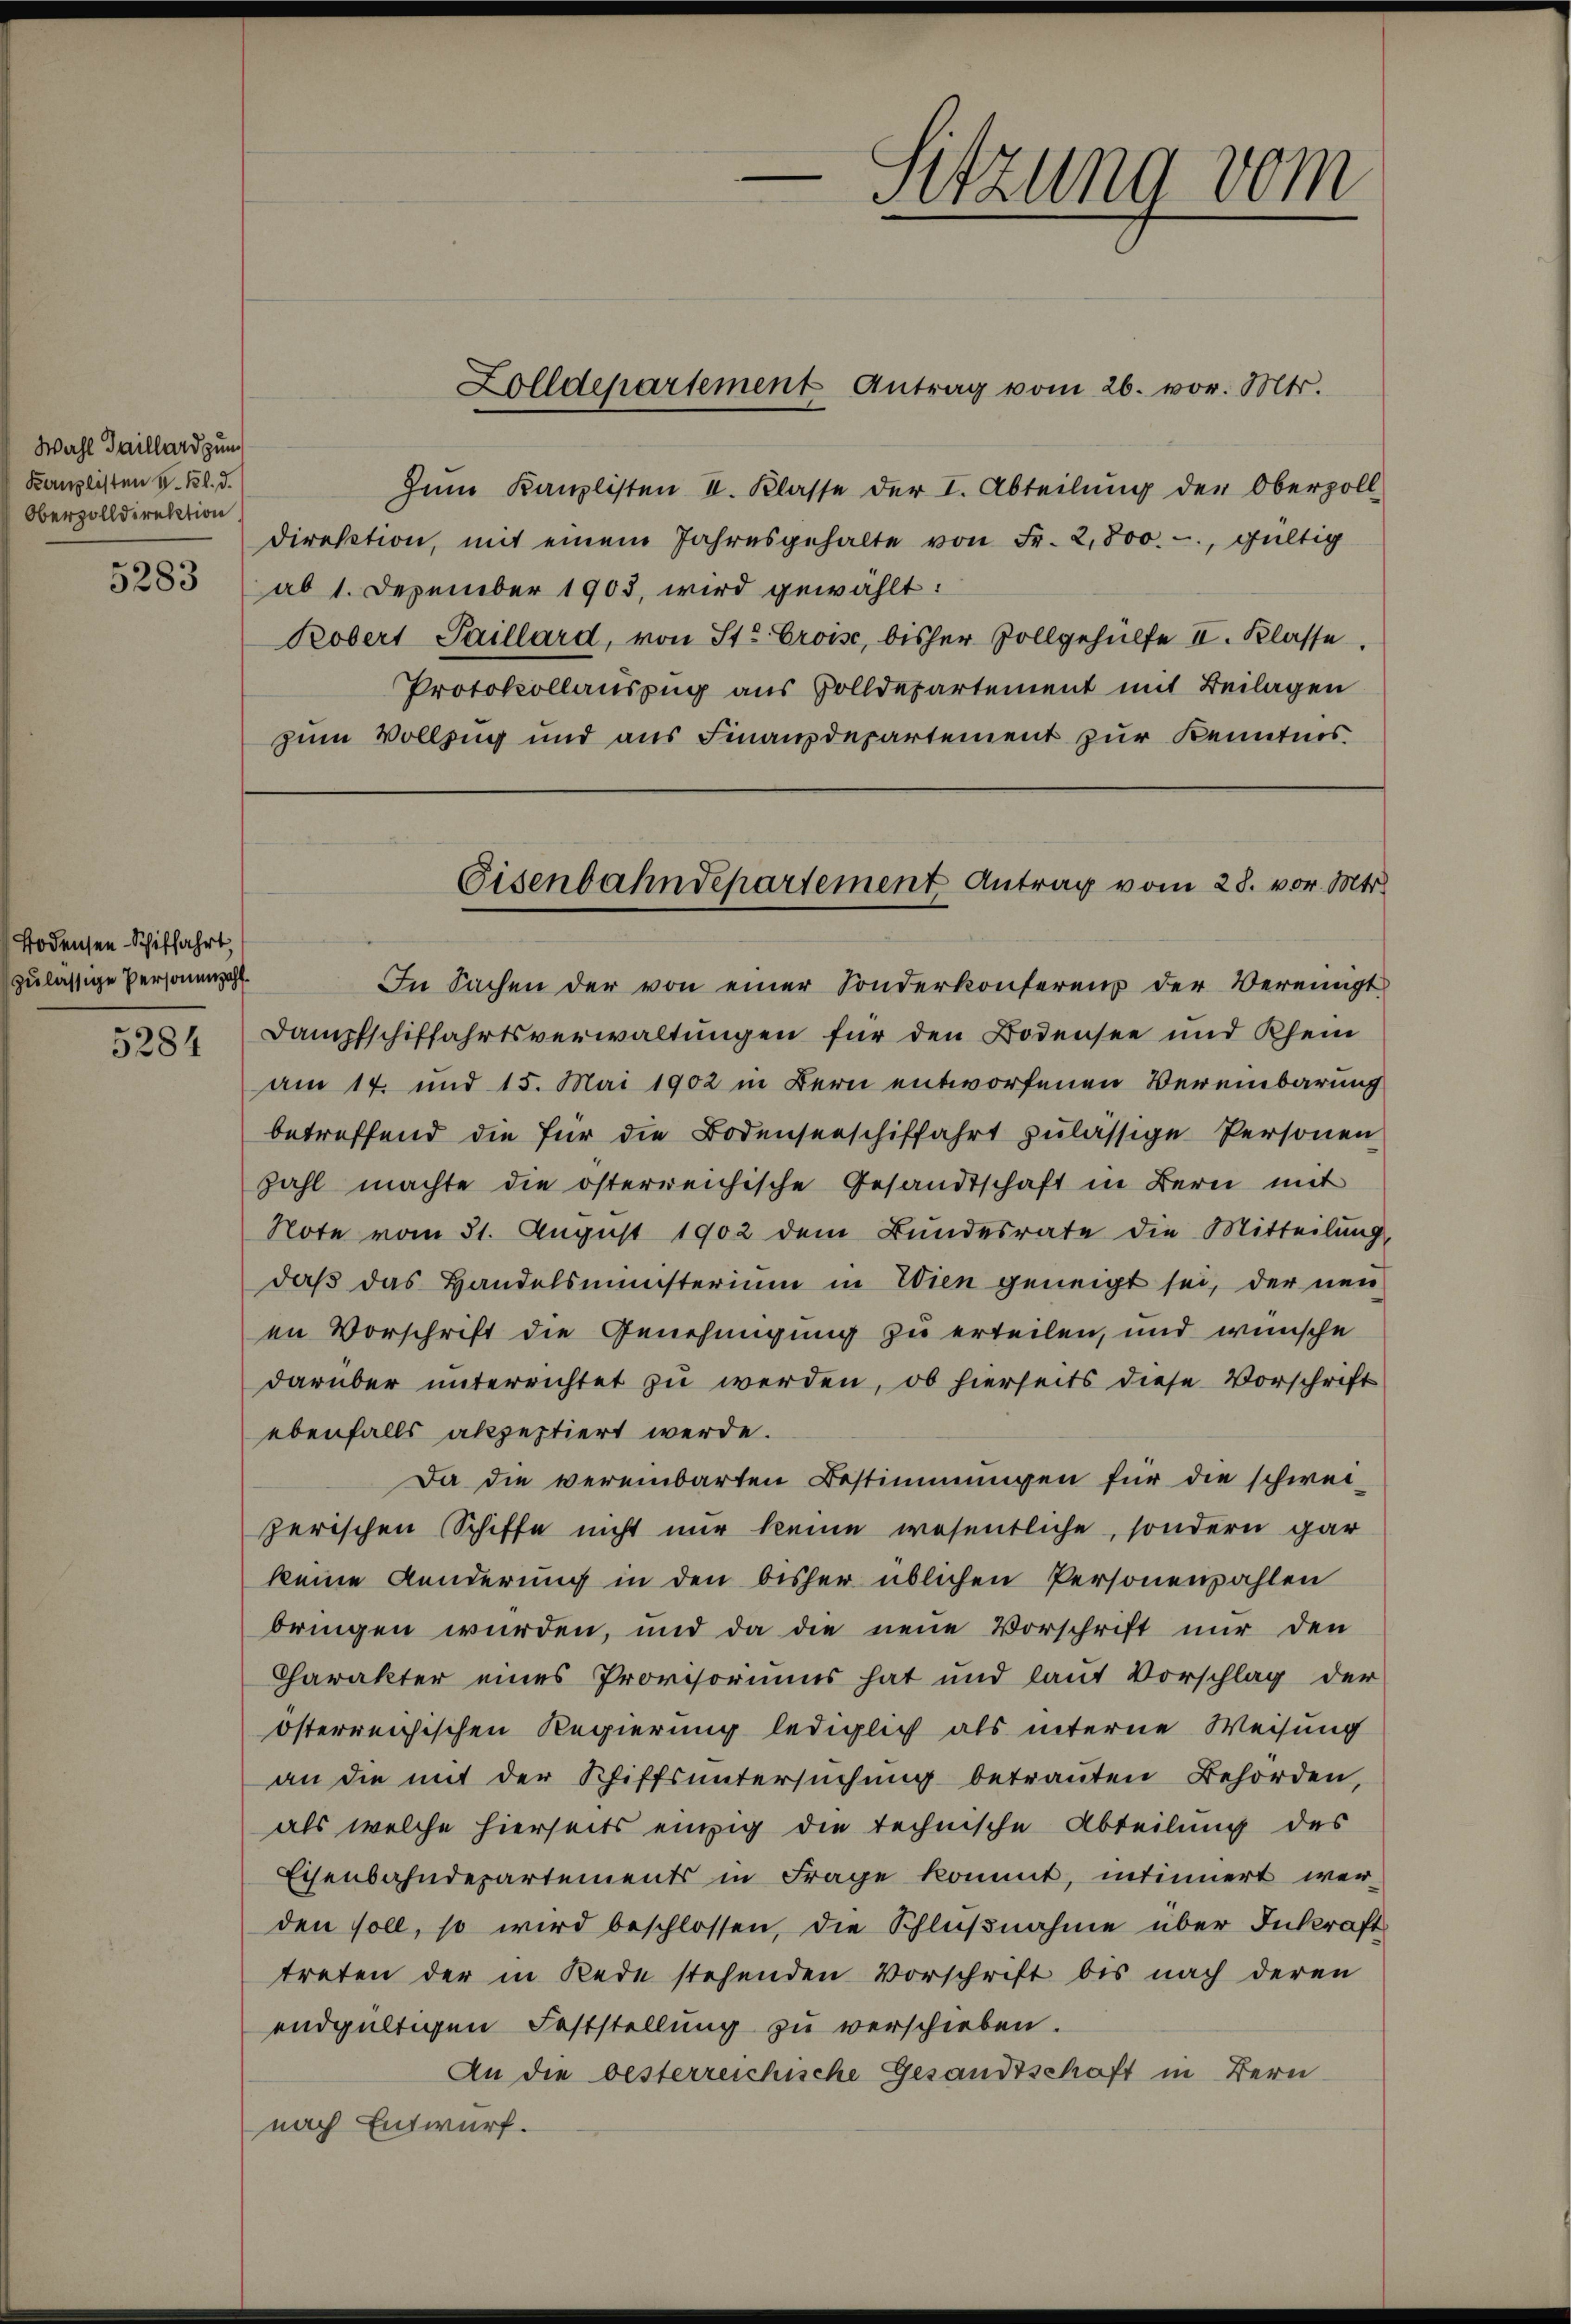
Wahl Gaillard zum
Komplisten S. Bl. d.
Oberzolldirektion

Bodensen Schiffahrt,
zulässige Personenzahl
5284

Zolldepartement Antrag vom 26. vor. Mts.
Zum Kanzlisten II. Klasse der I. Abteilung der Oberzoll-
direktion, mit einem Jahresgehalte von Fr. 2,800.-, gültig
5283 (ab 1. Dezember 1903, wird gewählt:
Kobert Saillard, von St. Croise, bisher Zollgehülfe II. Klasse
Protokollauszug aus Zolldepartement mit Beilagen
zum Vollzug und aus Finanzdepartement zur Kenntnis

s
Sitzung um

Eisenbahndepartement Antrag vom 28. vor. Mts.

In Sachen der von einer Sonderkonferenz der Vereinigt
Dampfschiffahrtsverwaltungen für den Bodensee und Rhein
am 17. und 15. Mai 1902 in Bern entworfenen Vereinbarung
betreffend die für die Bodenseeschiffahrt zulässige Personen
zahl machte die österreichische Gesandtschaft in Bern mit
Note vom 31. August 1902 dem Bundesrate die Mitteilung,
daß das Handelsmünsterium in Wien geneigt sei, der neu
en Vorschrift die Genehmigung zu erteilen, und wünsche
darüber unterrichtet zu werden, ob hierseits diese Vorschrift
ebenfalls akzeptiert werde.
Da die vereinbarten Bestimmungen für die schwei-
zerischen Schiffe nicht nur keine wesentliche, sondern gar
keine Kunderung in den bisher üblichen Personenzahlen
bringen würden, und da die neue Vorschrift nur den
Charakter eines Provisoriums hat und laŭt Vorschlag der
österreichischen Regierung lediglich als interne Weisung
an die mit der Schiffsuntersŭchŭng betrauten Behörden,
als welche hierseits einzig die technische Abteilung des
Eisenbahndepartements in Frage kommt, intinnert wer-
den soll, so wird beschlossen, die Schlußnahme über Inkraft
treten der in Rede stehenden Vorschrift bis nach deren
endgültigen Feststellung zu verschieben.
An die besterreichische Gesandtschaft in Bern
nach Entwurf.